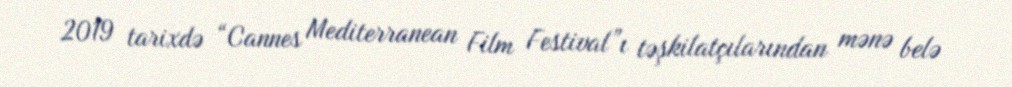
2019 tarixdə “Cannes Mediterranean Film Festival”ı təşkilatçılarından mənə belə